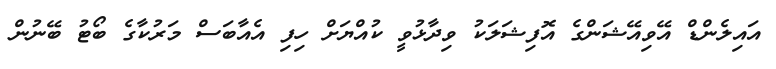
އައިލެންޑް އޭވިއޭޝަންގެ އޮފިޝަލަކު ވިދާޅުވީ ކުއްޔަށް ހިފި އެއާބަސް މަރުކާގެ ބޯޓު ބޭނުން